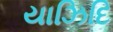
યાઝિદિ